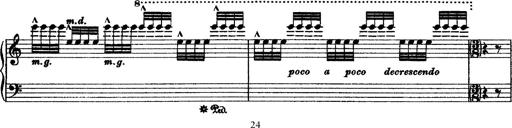
Title: Grande fantasie di bravura sur La clochette
Composer: Franz Liszt
Key: A minor